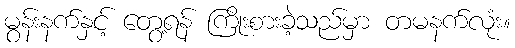
မွန်းနက်နှင့် တွေ့ရန် ကြိုးစားခဲ့သည်မှာ တမနက်လုံး။